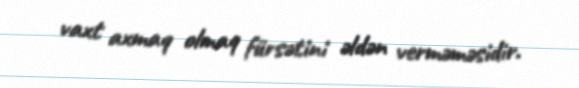
vaxt axmaq olmaq fürsətini əldən verməməsidir.